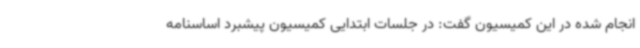
انجام شده در این کمیسیون گفت: در جلسات ابتدایی کمیسیون پیشبرد اساسنامه